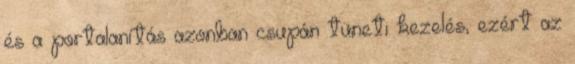
és a portalanítás azonban csupán tüneti kezelés, ezért az